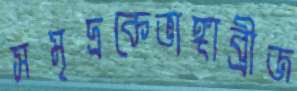
সমৃদ্রকেভাঙ্গাব্রীজ